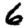
Digit: 6